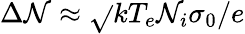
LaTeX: \Delta\mathcal{N}\approx\sqrt{}{{kT_{e}\mathcal{N}_{i}\sigma_{0}}}/e